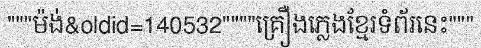
"""ម៉ង់&oldid=140532""""គ្រឿងភ្លេងខ្មែរទំព័រនេះ"""